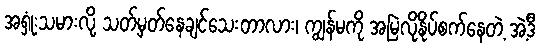
အရှုံးသမားလို့ သတ်မှတ်နေချင်သေးတာလား၊ ကျွန်မကို အမြဲလိုနိုပ်စက်နေတဲ့ အဲ့ဒီ